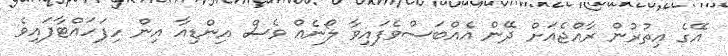
އޭގެ އިތުރުން ރާއްޖެއަށް ދޭން އެއްބަސްވެފައިވާ ލޯނެއް ވެސް އިންޑިއާ އިން ހިފަހައްޓާފައިވެ